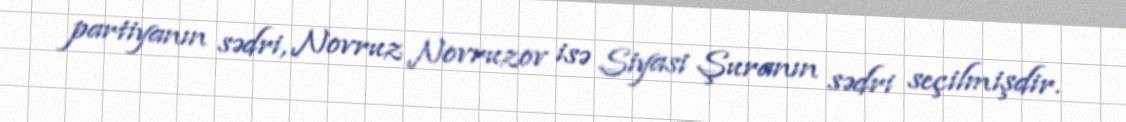
partiyanın sədri, Novruz Novruzov isə Siyasi Şuranın sədri seçilmişdir.